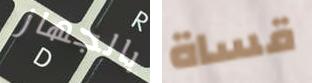
بالجهاز قساة